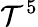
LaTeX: \mathcal{T}^{5}